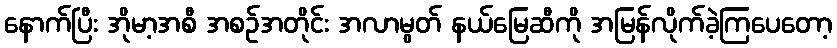
နောက်ပြီး အိုမာ့အစီ အစဉ်အတိုင်း အလာမွတ် နယ်မြေဆီကို အမြန်လိုက်ခဲ့ကြပေတော့